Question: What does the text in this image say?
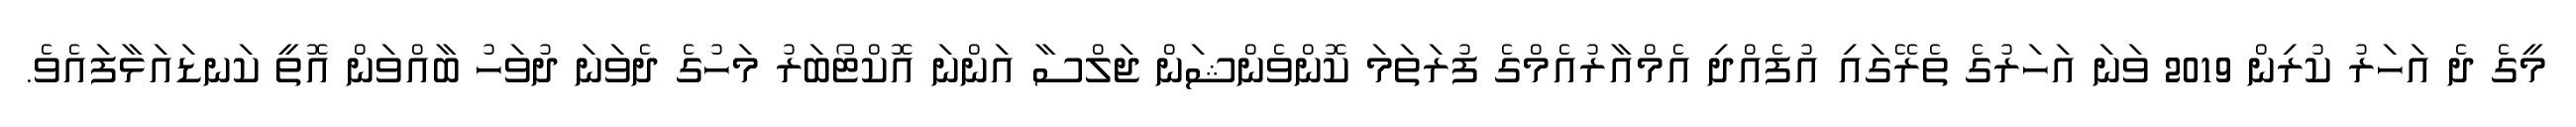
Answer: މީގެ ދެ އަހަރު ކުރިން 2019 ވަނަ އަހަރުގެ ތެރޭގައި އުފެއްދި އެމްއާރުއެމްގެ ފުރަތަމަ ކޮންވެންޝަން ޖަލްސާ އަންނަ އޮކްޓޯބަރު މަހުގެ ދެވަނަ ދުވަހު ބާއްވަން އޮތީ ކަނޑައަޅާފައެވެ.